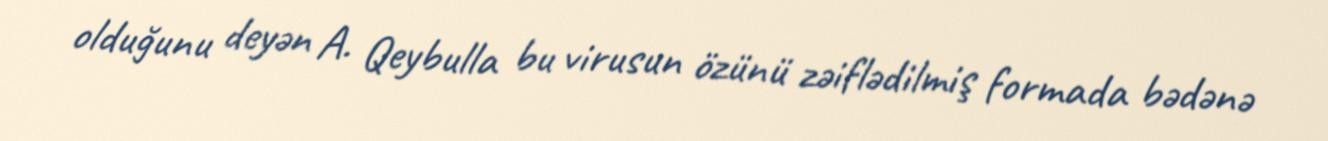
olduğunu deyən A. Qeybulla bu virusun özünü zəiflədilmiş formada bədənə